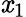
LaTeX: \mathit{x}_{1}